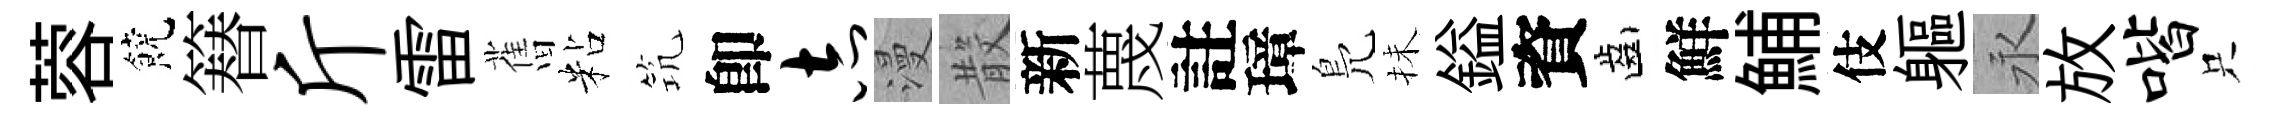
蓉饒簮斤雷𦾔粘𥬑卽志漫𣪚新蔑註璋鳬抺鎰資齒鮮鯆伎軀永放喈只